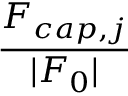
\displaystyle \frac { F _ { c a p , j } } { | F _ { 0 } | }